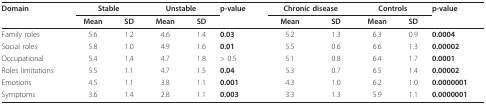
<table><thead><tr><td><b>Domain</b></td><td colspan="2"><b>Stable</b></td><td colspan="2"><b>Unstable</b></td><td><b>p-value</b></td><td colspan="2"><b>Chronic disease</b></td><td colspan="2"><b>Controls</b></td><td><b>p-value</b></td></tr><tr><td></td><td><b>Mean</b></td><td><b>SD</b></td><td><b>Mean</b></td><td><b>SD</b></td><td></td><td><b>Mean</b></td><td><b>SD</b></td><td><b>Mean</b></td><td><b>SD</b></td><td></td></tr></thead><tbody><tr><td>Family roles</td><td>5.6</td><td>1.2</td><td>4.6</td><td>1.4</td><td><b>0.03</b></td><td>5.2</td><td>1.3</td><td>6.3</td><td>0.9</td><td><b>0.0004</b></td></tr><tr><td>Social roles</td><td>5.8</td><td>1.0</td><td>4.9</td><td>1.6</td><td><b>0.01</b></td><td>5.5</td><td>0.6</td><td>6.6</td><td>1.3</td><td><b>0.00002</b></td></tr><tr><td>Occupational</td><td>5.4</td><td>1.4</td><td>4.7</td><td>1.8</td><td>&gt; 0.5</td><td>5.1</td><td>0.8</td><td>6.4</td><td>1.7</td><td><b>0.0001</b></td></tr><tr><td>Roles limitations</td><td>5.5</td><td>1.1</td><td>4.7</td><td>1.5</td><td><b>0.04</b></td><td>5.3</td><td>0.7</td><td>6.5</td><td>1.4</td><td><b>0.00002</b></td></tr><tr><td>Emotions</td><td>4.5</td><td>1.1</td><td>3.8</td><td>1.1</td><td><b>0.001</b></td><td>4.3</td><td>1.0</td><td>6.2</td><td>1.0</td><td><b>0.0000001</b></td></tr><tr><td>Symptoms</td><td>3.6</td><td>1.4</td><td>2.8</td><td>1.1</td><td><b>0.003</b></td><td>3.3</td><td>1.3</td><td>5.9</td><td>1.1</td><td><b>0.0000001</b></td></tr></tbody></table>